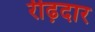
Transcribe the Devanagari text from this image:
रीढ़दार